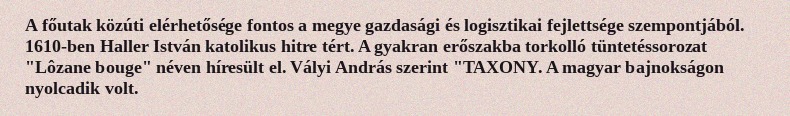
A főutak közúti elérhetősége fontos a megye gazdasági és logisztikai fejlettsége szempontjából. 1610-ben Haller István katolikus hitre tért. A gyakran erőszakba torkolló tüntetéssorozat "Lôzane bouge" néven híresült el. Vályi András szerint "TAXONY. A magyar bajnokságon nyolcadik volt.